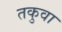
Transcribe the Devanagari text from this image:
तकुवा